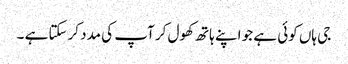
جی ہاں کوئی ہے جو اپنے ہاتھ کھول کر آپ کی مدد کرسکتا ہے ۔